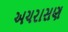
અચરાસણ